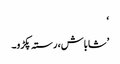
‘
’شاباش، رستہ پکڑو۔